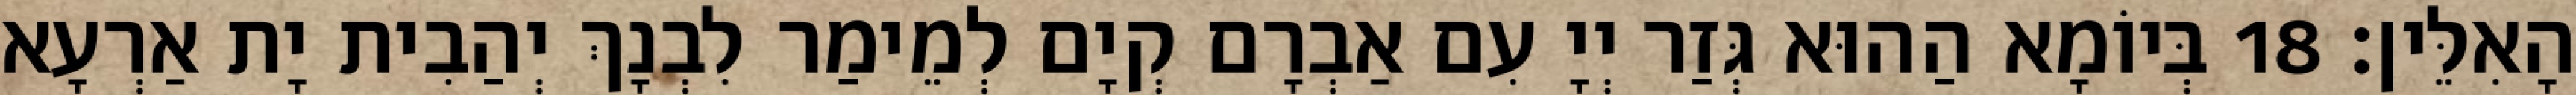
הָאִלֵּין׃ 18 בְּיוֹמָא הַהוּא גְּזַר יְיָ עִם אַבְרָם קְיָם לְמֵימַר לִבְנָךְ יְהַבִית יָת אַרְעָא